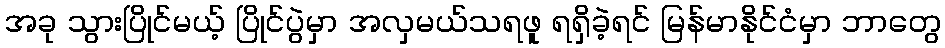
အခု သွားပြိုင်မယ့် ပြိုင်ပွဲမှာ အလှမယ်သရဖူ ရရှိခဲ့ရင် မြန်မာနိုင်ငံမှာ ဘာတွေ